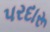
પરદારૂ